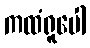
ကထံရူပေါ